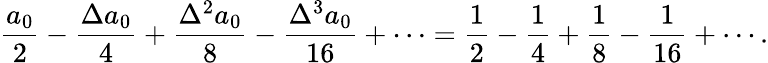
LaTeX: {\frac{a_{0}}{2}}-{\frac{\Delta a_{0}}{4}}+{\frac{\Delta^{2}a_{0}}{8}}-{\frac{\Delta^{3}a_{0}}{16}}+\cdots={\frac{1}{2}}-{\frac{1}{4}}+{\frac{1}{8}}-{\frac{1}{16}}+\cdots.